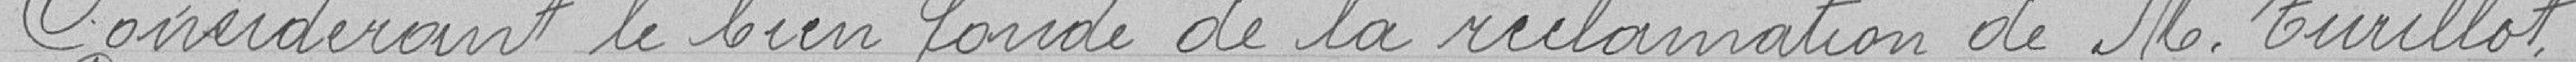
Considérant le bien fondé de la réclamation de Monsieur TURILLOT